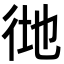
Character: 𢓧